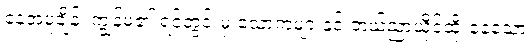
နေ့အပူချိန်၊ ကျွန်မ၏ ရင်တွင်းမှ သောကများနှင့် ဘယ်ညာယိုင်ထိုးနေသော